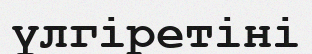
үлгіретіні